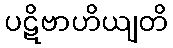
ပဋိဗာဟိယျတိ